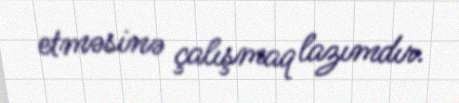
etməsinə çalışmaq lazımdır.